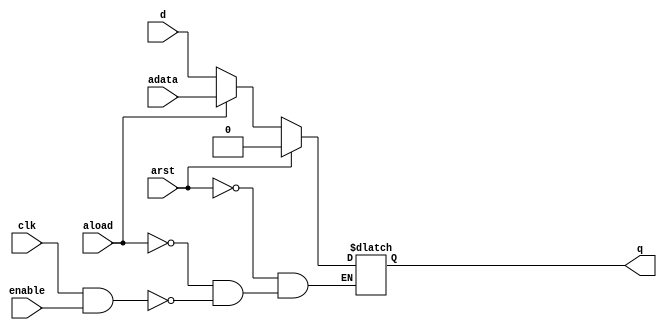
`timescale 1ns/10ps
module gac_dffr_a (clk, arst, aload, adata, d, enable, q);
    input clk;
    input arst;
    input aload;
    input adata;
    input d;
    input enable;
    output reg q;
    
    always @(clk or arst or aload)
      begin
        if (arst == 1'b1) q <= 1'b0;
        else if (aload == 1'b1) q <= adata; 
        else if ((clk == 1'b1) && (enable == 1'b1)) q <= d;
      end
      
endmodule